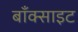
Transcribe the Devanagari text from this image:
बाँक्साइट